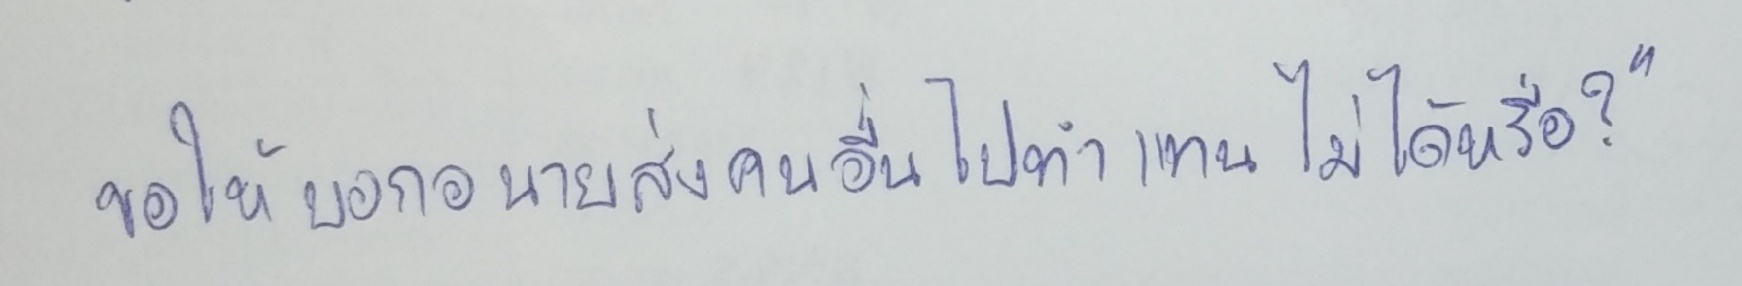
ขอให้บอกอนายส่งคนอื่นไปทำแทนไม่ได้หรือ?"